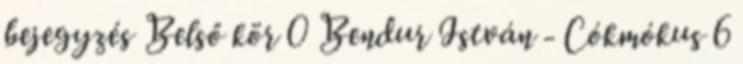
bejegyzés Belső kör 0 Bendur István - Cókmókus 6